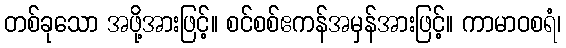
တစ်ခုသော အဖို့အားဖြင့်။ စင်စစ်ဧကန်အမှန်အားဖြင့်။ ကာမာဝစရံ၊